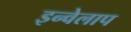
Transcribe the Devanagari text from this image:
इन्वेलाप